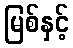
မြစ်နှင့်